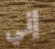
إني